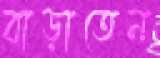
বাড়াতেন